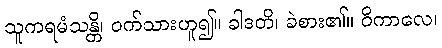
သူကရမံသန္တိ၊ ဝက်သားဟူ၍။ ခါဒတိ၊ ခဲစား၏။ ဝိကာလေ၊